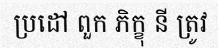
ប្រដៅ ពួក ភិក្ខុ នី ត្រូវ